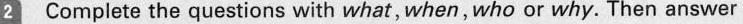
2 Complete the questions with what, when, who or why. Then answer